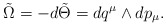
\begin{align*}\tilde \Omega = -d\tilde\Theta = dq^\mu \wedge dp_\mu.\end{align*}